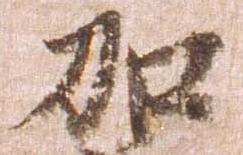
加